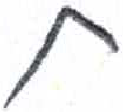
אות: ת